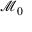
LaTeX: { \mathcal { M } } _ { 0 }